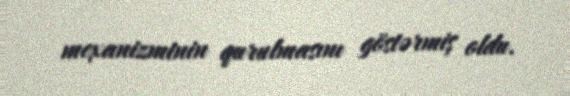
mexanizminin qurulmasını göstərmiş oldu.